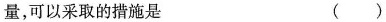
量，可以采取的措施是 ()